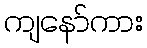
ကျနော်ကား